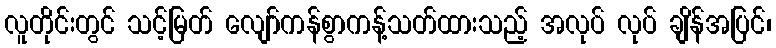
လူတိုင်းတွင် သင့်မြတ် လျော်ကန်စွာကန့်သတ်ထားသည့် အလုပ် လုပ် ချိန်အပြင်၊